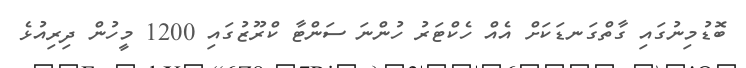
ބޮޑުމިނުގައި ގާތްގަނޑަކަށް އެއް ހެކްޓަރު ހުންނަ ސަންޓާ ކްރޫޒުގައި 1200 މީހުން ދިރިއުޅެ